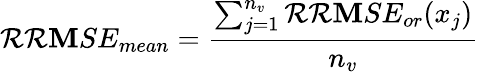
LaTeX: \mathcal{R}\mathcal{R}\mathbf{M}SE_{mean}=\frac{{\sum_{j=1}^{n_{v}}\mathcal{R}\mathcal{R}\mathbf{M}SE_{or}(x_{j})}}{{n_{v}}}